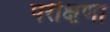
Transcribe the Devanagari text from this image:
परीक्षणा